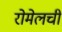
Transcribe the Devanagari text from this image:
रोमेलची